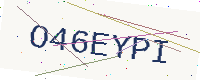
Text: O46EYPI